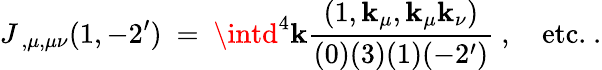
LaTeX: J_{\ ,\mu,\mu\nu}(1,-2^{\prime})\ =\ \intd^{4}\mathbf{k}\frac{{(1,\mathbf{k}_{\mu},\mathbf{k}_{\mu}\mathbf{k}_{\nu})}}{{(0)(3)(1)(-2^{\prime})}}\ ,\ \ \ \ \mathrm{{etc.}}\ .